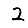
Digit: 2